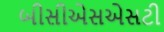
બીસીએસએસટી